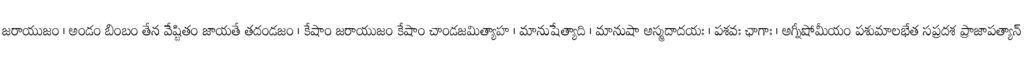
జరాయుజం । అండం బింబం తేన వేష్టితం జాయతే తదండజం । కేషాం జరాయుజం కేషాం చాండజమిత్యాహ । మానుషేత్యాది । మానుషా అస్మదాదయః । పశవః ఛాగాః । అగ్నీషోమీయం పశుమాలభేత సప్రదశ ప్రాజాపత్యాన్